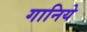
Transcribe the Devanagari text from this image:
गानिये